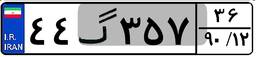
۴۴گ۳۵۷۳۶